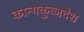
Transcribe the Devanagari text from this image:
कान्यकुब्जदेश